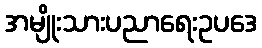
အမျိုးသားပညာရေးဥပဒေ